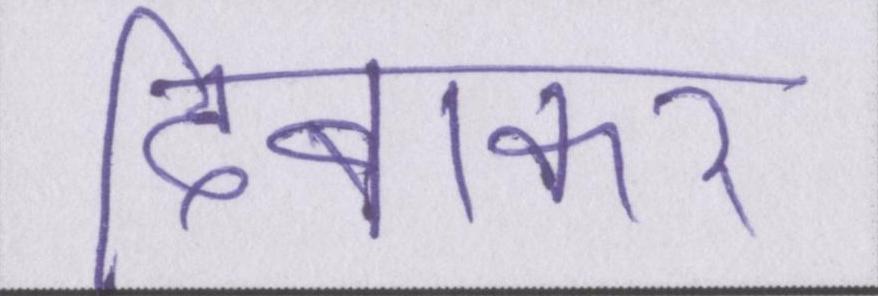
दिबाकर